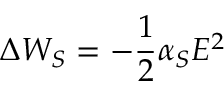
\Delta W _ { S } = - \frac { 1 } { 2 } \alpha _ { S } E ^ { 2 }